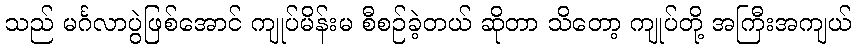
သည် မင်္ဂလာပွဲဖြစ်အောင် ကျုပ်မိန်းမ စီစဉ်ခဲ့တယ် ဆိုတာ သိတော့ ကျုပ်တို့ အကြီးအကျယ်